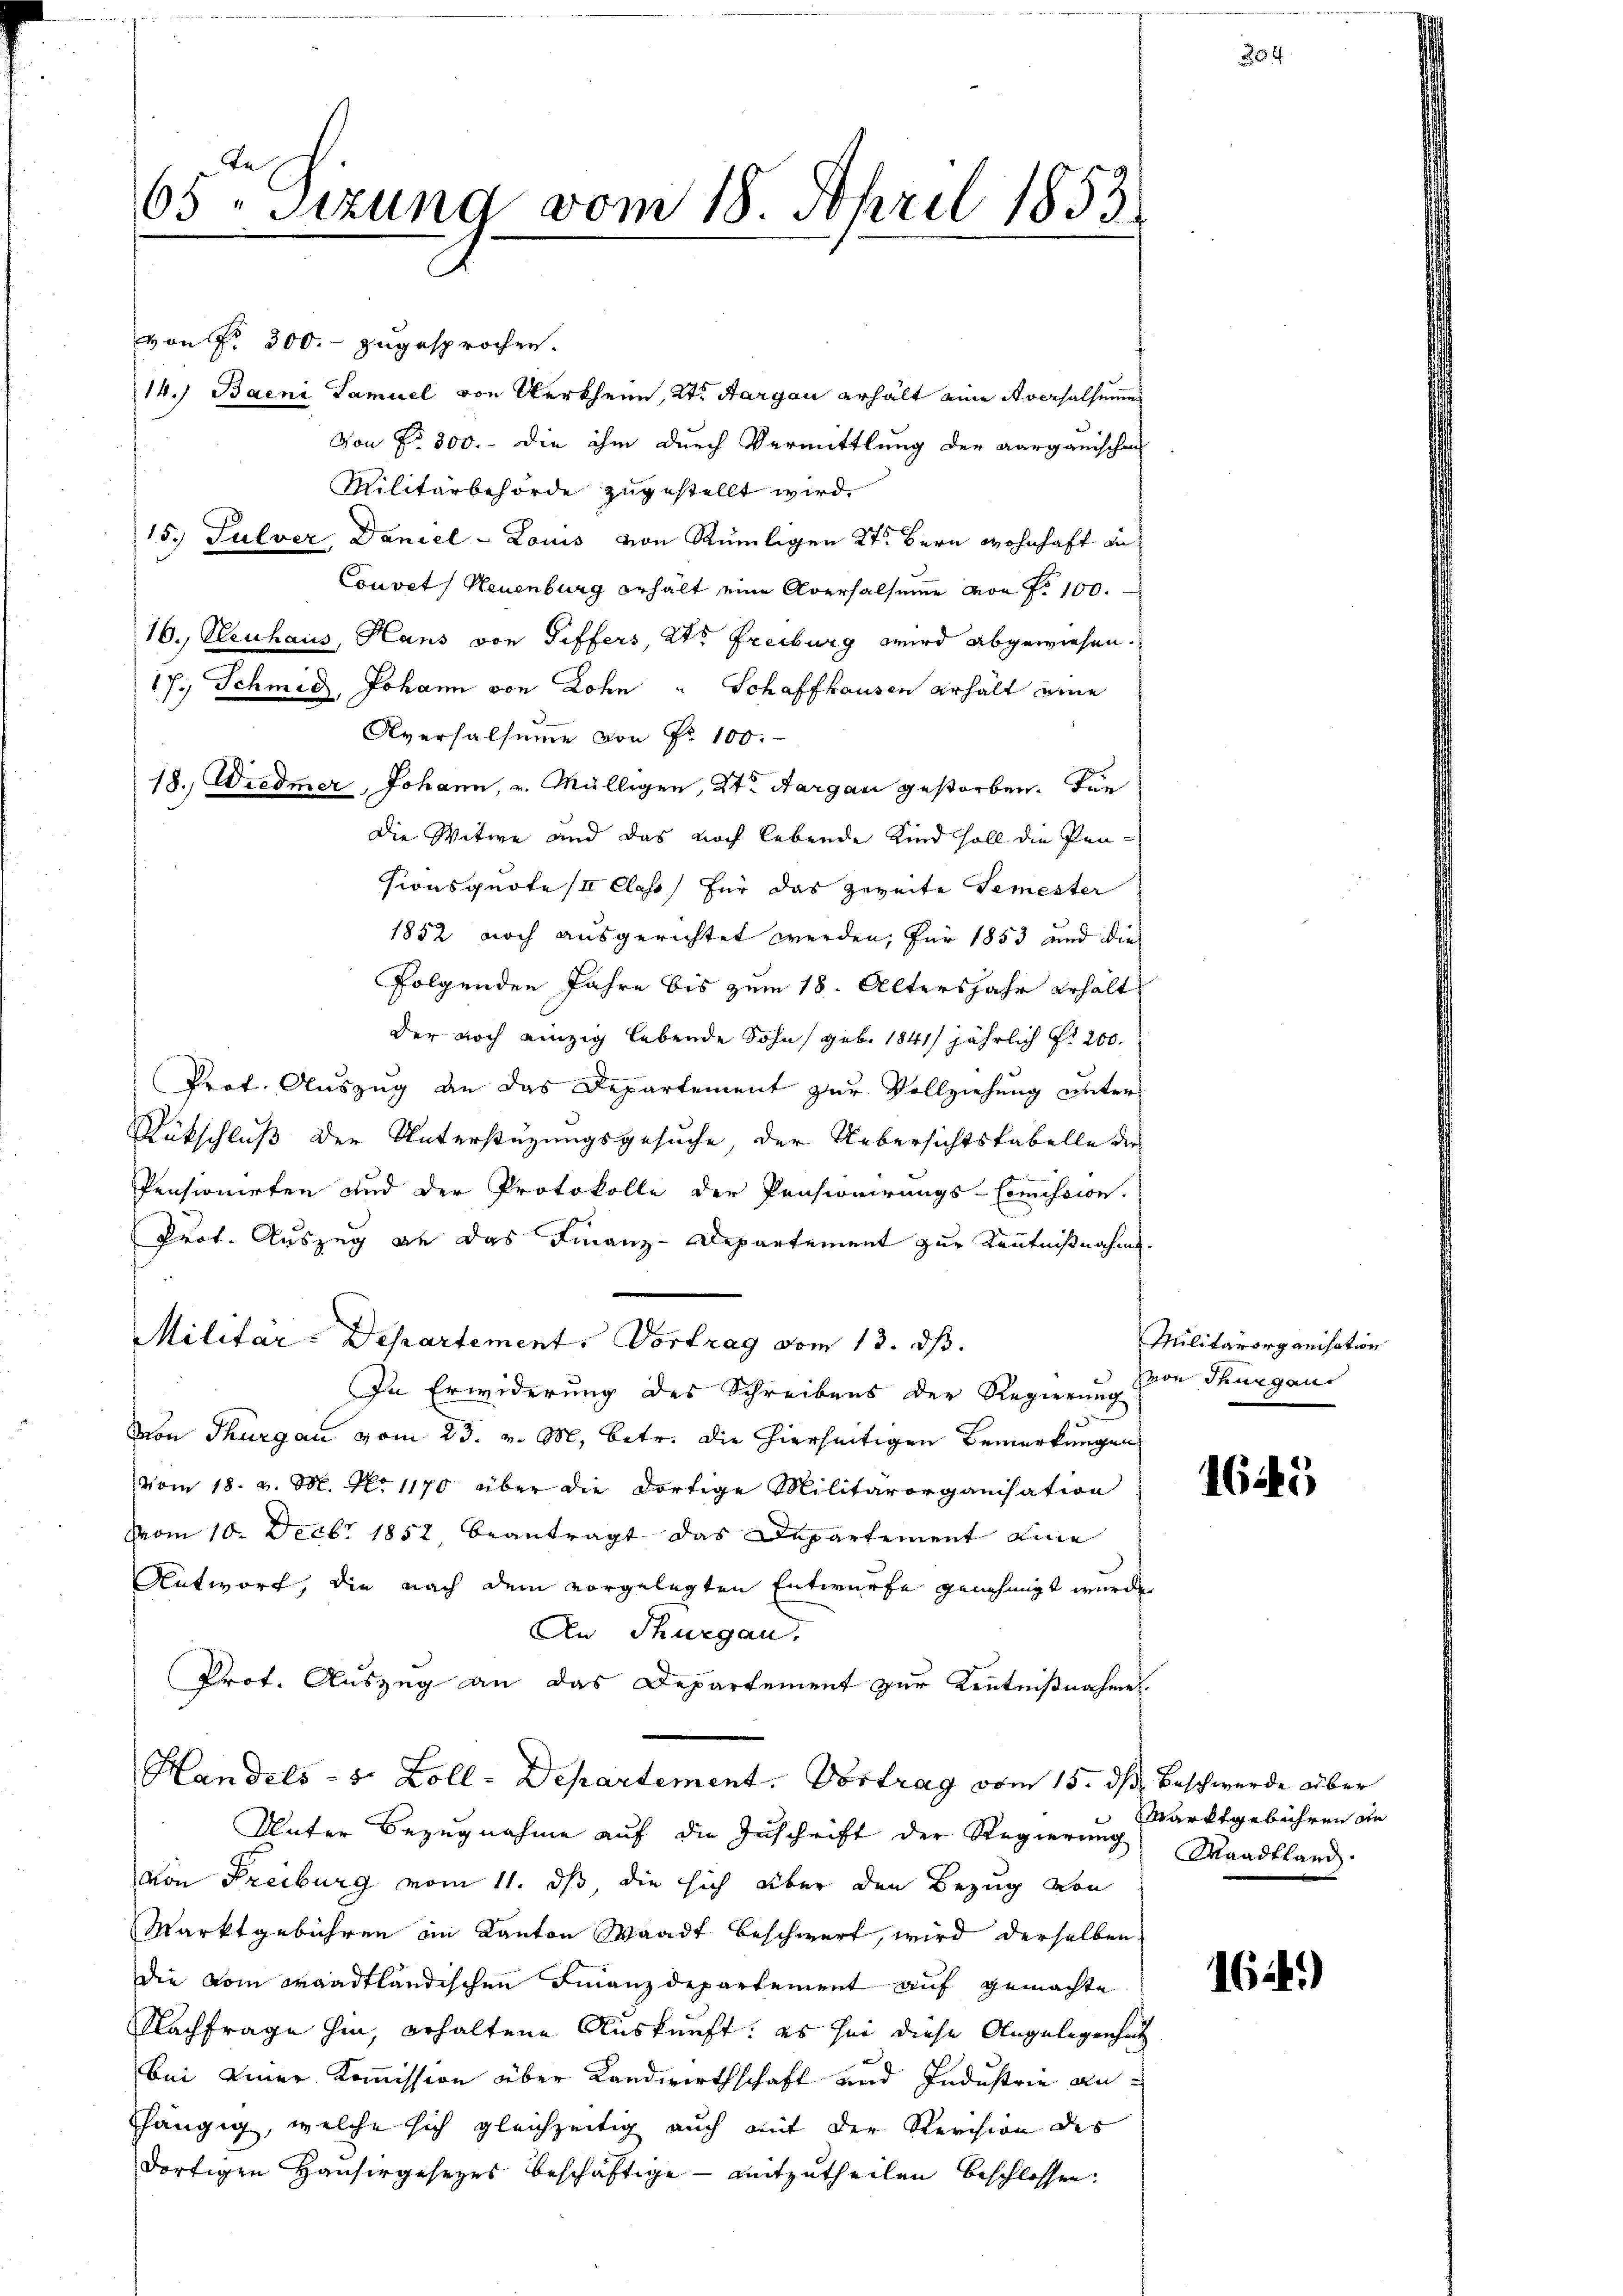
65 Sizung vom 18. April 1853

von Fr. 300. zugesprochen.
14.) Baeni Samuel von Kerkheim, Kt. Aargau erhält eine Aversalsundes
Von No 800. - die ihm durch Vermittlung der aargauischen
Militärbehörde zugestellt wird.
15. Pulver, Daniel - Louis von Rümligen 27. Bern wohnhaft in
Couvet Neuenburg erhält eine Aversalsumme von Fr. 100.
16. Neuhaus, Hans von Differs, 2te Freiburg wird abgewiesen.
17.) Schmid, Johann von Lohn " Schaffhausen erhält eine
Aversalsumme von Nr. 100.
18. Wiedmer, Johann, v. Mülligen, 2te Aargau gestorben. Für
Die Witwe und das noch lebende Kind soll die Pensionsquote III Class, für das zweite Semester
1852 noch ausgerichtet werden; für 1853 und die
folgenden Jahre bis zum 18. Altersjahr erhält
der noch einzig lebende Sohn geb. 1841 jährlich fr 200.
Prof. Auszug an das Departement zur Vollziehung unters
Rütschluß der Unterstüzungsgesuche, der Uebersichtstabelle der
Pensionirten und der Protokolle der Pensionirungs-Commission.
Prot. Auszug an das Finanz-Departement zur Kenntnißnahme.
Militar-Departement. Vortrag vom 13. ds.
In Erwiderung des Schreibens der Regierung
Mon Thurgau vom 23. v. M. betr. die hierseitigen Bemerkungen
vom 18. v. M. No 1170 über die dortige Militärorganisation
vom 10. Decbr 1852, beantragt das Departement eine
Antwort, die nach dem vorgelegten Entwurfe genehmigt wurde.
An Thurgau.
Prot. Auszug an das Departement zur Kenntnißnahme
Handels- 5 Zoll-Departement. Vortrag vom 15. dß. Beschwerde über
Unter Bezugnahme auf die Zuschrift der Regierung Waadtland
von Freiburg vom 11. ds, die sich über den Bezug von
Marktgebühren im Kanton Waadt beschwert, wird derselben
die vom waadtländischen Finanzdepartement auf gemachte
Nachfrage hin, erhaltene Auskunft: es sei diese Angelegensatz
bei einer Kommission über Landwirthschaft und Industrie anfhängig, welche sich gleichzeitig auch mit der Revision des
dortigen Hausirgesezes beschäftige - mitzutheilen beschlossen:

Militärorganisation
von Thurgaus

1625

Marktgebühren an

164)